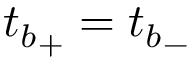
{ t _ { b } } _ { + } = { t _ { b } } _ { - }